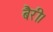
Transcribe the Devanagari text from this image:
बैरी।